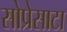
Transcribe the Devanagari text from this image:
सोप्रेसाटा